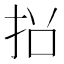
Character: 𭠡